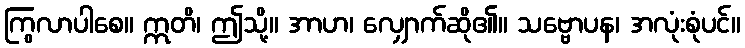
ကြွလာပါစေ။ ဣတိ၊ ဤသို့။ အာဟ၊ လျှောက်ဆို၏။ သဗ္ဗောပန၊ အလုံးစုံပင်။